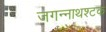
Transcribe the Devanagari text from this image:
जगन्नाथश्टक